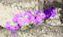
سيدي